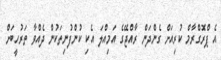
އެ ޕްރޮގްރާމް ކުރިއަށް ގެންދަން ރާއްޖޭގެ އަމިއްލަ އެކި ކުންފުނިތަކުން ދެއްވާ ތަރުހީބަށް